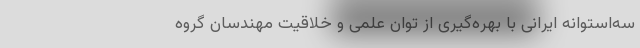
سه‌استوانه ایرانی با بهره‌گیری از توان علمی و خلاقیت مهندسان گروه